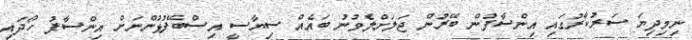
ނިމިދިޔަ ސަރުކާރުގައި އިންސާފުން ބޭރުން ޖަލަށްލެވުނު ބައެއް ސިޔާސީ އިސްބޭފުޅުންނަށް އިންސާފު ހޯދައި